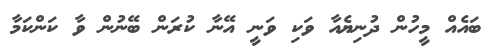
ބައެއް މީހުން ދުނިޔެއާ ވަކި ވަނީ އޭނާ ކުރަން ބޭނުން ވާ ކަންކަމާ